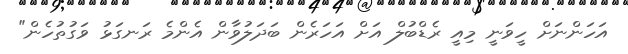
އަހަންނަށް ހީވަނީ މިއީ ރެޑްބުލް އަށް އަހަރެން ބަދަލުވާން އެންމެ ރަނގަޅު ވަގުތުހެން"